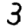
Digit: 3